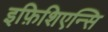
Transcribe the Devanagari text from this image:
इफ़िशिएन्सि